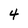
Character: 4